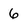
Character: 6